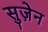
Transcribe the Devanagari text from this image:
सुज़ेन